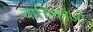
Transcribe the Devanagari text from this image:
वाचिकाओं